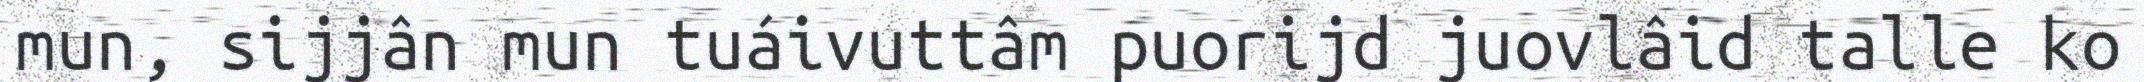
mun, sijjân mun tuáivuttâm puorijd juovlâid talle ko